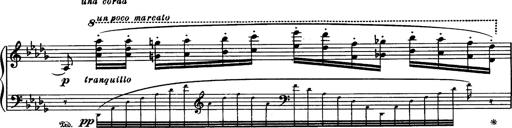
Title: Paraphrase de concert sur Rigoletto
Composer: Franz Liszt